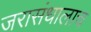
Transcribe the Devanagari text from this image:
जरासंधालाच